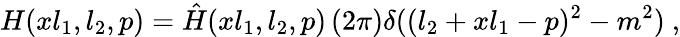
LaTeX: H(xl_{1},l_{2},p)=\hat{H}(xl_{1},l_{2},p)\, (2\pi)\delta((l_{2}+xl_{1}-p)^{2}-m^{2})\ ,